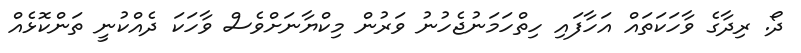
ދޯ. ރިދާގެ ވާހަކަތައް އަހާފައި ހިތްހަމަނުޖެހުނު ވަރުން މިކްޔާނަށްވެސް ވާހަކަ ދެއްކުނީ ތަންކޮޅެއް